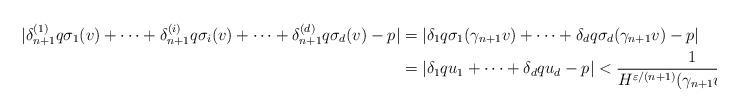
LaTeX: \begin{align*}|\delta^{(1)}_{n+1} q\sigma_1(v)+\cdots+\delta^{(i)}_{n+1} q\sigma_i(v)+\cdots+\delta^{(d)}_{n+1} q\sigma_d(v)-p|&=|\delta_1 q \sigma_1(\gamma_{n+1} v)+\cdots+\delta_d q \sigma_d(\gamma_{n+1} v)-p|\\&=|\delta_1 q u_1+\cdots+\delta_d q u_d-p|<\frac{1}{H^{\varepsilon/(n+1)}(\gamma_{n+1}v)|q|^{d+\varepsilon}}.\end{align*}